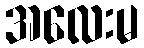
အလေးမ